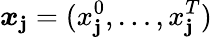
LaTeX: \boldsymbol{x}_{\mathbf{j}}=(x_{\mathbf{j}}^{0},\dots,x_{\mathbf{j}}^{T})